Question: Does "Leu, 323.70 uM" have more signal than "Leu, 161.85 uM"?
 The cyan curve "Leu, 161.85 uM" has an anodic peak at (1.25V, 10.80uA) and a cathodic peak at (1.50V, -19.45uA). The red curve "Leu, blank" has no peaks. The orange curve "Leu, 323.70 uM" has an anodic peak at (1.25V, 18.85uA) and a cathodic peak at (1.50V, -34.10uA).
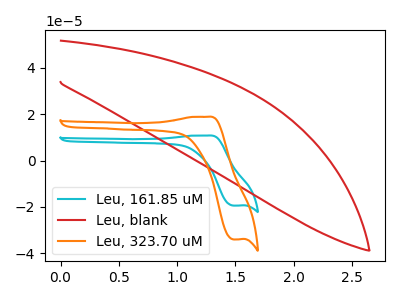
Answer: <think>All the peaks in "Leu, 323.70 uM" have a peak in "Leu, 161.85 uM" at the same potential. Every peak in "Leu, 323.70 uM" is higher than every peak in "Leu, 161.85 uM".
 </think>
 <answer>"Leu, 323.70 uM" has more signal than "Leu, 161.85 uM".</answer>
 <eval>more_signal</eval>